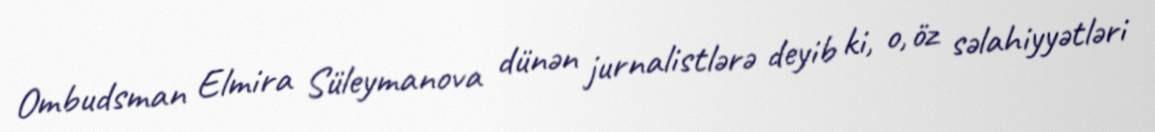
Ombudsman Elmira Süleymanova dünən jurnalistlərə deyib ki, o, öz səlahiyyətləri